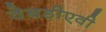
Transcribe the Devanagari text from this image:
वेबडीएवी